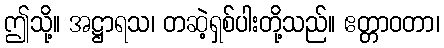
ဤသို့။ အဋ္ဌာရသ၊ တဆဲ့ရှစ်ပါးတို့သည်။ ဧတ္တာဝတာ၊